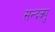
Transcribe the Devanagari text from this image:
सन्दक्पु